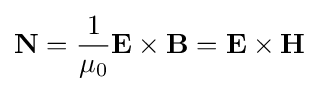
\mathbf {N} ={\frac {1}{\mu _{0}}}\mathbf {E} \times \mathbf {B} =\mathbf {E} \times \mathbf {H} \,\!